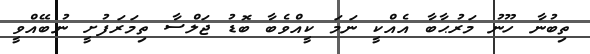
ތިބުނާ ހޫނު މަރުޙާބާ އެއްކީ ނަމަ ކީއްވެބާ ބޮޑު ޖަލްސާ ތިމަރަފުށީ ނުބޭއްވީ